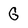
Character: G